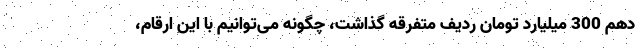
دهم 300 میلیارد تومان ردیف متفرقه گذاشت، چگونه می‌توانیم با این ارقام،